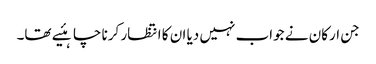
جن ارکان نے جواب نہیں دیا ان کا انتظار کرنا چاہئیے تھا۔